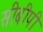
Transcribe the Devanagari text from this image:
सीबीपी